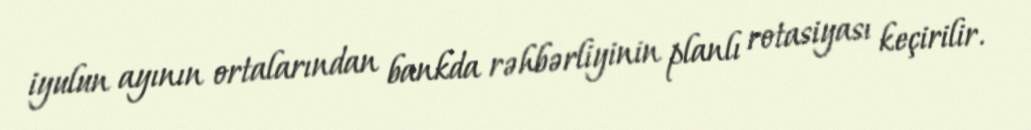
iyulun ayının ortalarından bankda rəhbərliyinin planlı rotasiyası keçirilir.